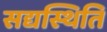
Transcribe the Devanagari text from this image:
सद्यस्थिति